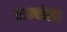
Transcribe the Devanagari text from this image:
ताम्बोला